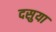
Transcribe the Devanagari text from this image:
दसुया